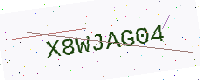
Text: X8WJAG04